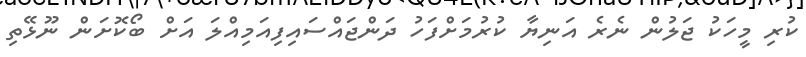
ކުރި މީހަކު ޖަލުން ނެރެ އަނިޔާ ކުރުމަށްފަހު ދަންޖައްސައިފިއަމިއްލަ އަށް ބޯކޮށަން ނޫޅޭތި